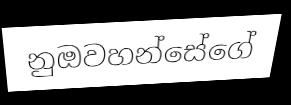
නුඔවහන්සේගේ